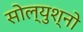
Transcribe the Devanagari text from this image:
सोल्युश्नो